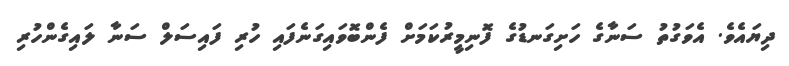
ދިޔައެވެ. އެވަގުތު ސަނާގެ ހަށިގަނޑުގެ ފޮނިމީރުކަމަށް ފެންބޮވައިގަނެފައި ހުރި ފައިސަލް ސަނާ ލައިގެންހުރި